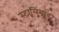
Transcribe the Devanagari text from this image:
स्टालिंग्राड